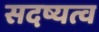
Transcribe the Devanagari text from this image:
सदष्यत्व